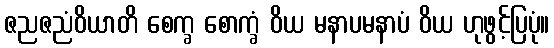
ဇညဇညံဝိယာတိ စေက္ခ စောက္ခံ ဝိယ မနာပမနာပံ ဝိယ ဟုဖွင့်ပြပုံ။